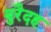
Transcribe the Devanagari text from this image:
बुरैदह